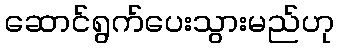
ဆောင်ရွက်ပေးသွားမည်ဟု